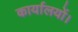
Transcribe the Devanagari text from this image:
कार्यालयों।